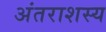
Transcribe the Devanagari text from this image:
अंतराशस्य